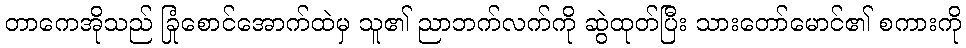
တာကေအိုသည် ခြုံစောင်အောက်ထဲမှ သူ၏ ညာဘက်လက်ကို ဆွဲထုတ်ပြီး သားတော်မောင်၏ စကားကို